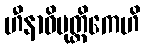
ဟီနာဓိမုတ္တိကေဟိ